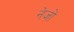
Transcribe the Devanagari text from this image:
नेजों